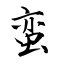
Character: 蛮